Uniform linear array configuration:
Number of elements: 16
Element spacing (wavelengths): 0.5
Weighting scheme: cosine
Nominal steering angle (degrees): -60
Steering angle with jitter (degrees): -61.515
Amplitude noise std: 0.05
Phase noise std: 0.05

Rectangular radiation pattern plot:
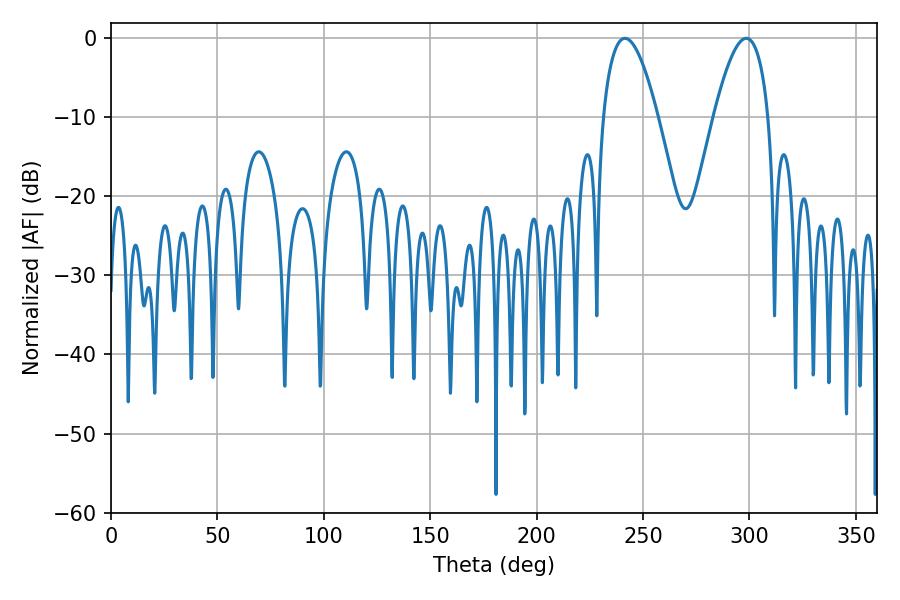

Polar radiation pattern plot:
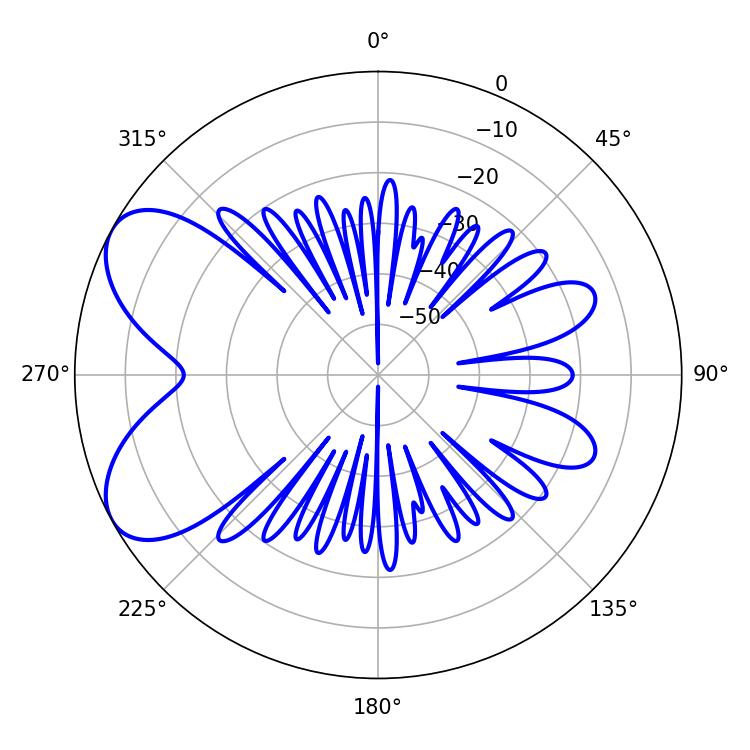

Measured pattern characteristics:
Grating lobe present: FALSE
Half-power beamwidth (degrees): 14.22
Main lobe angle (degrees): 298.44